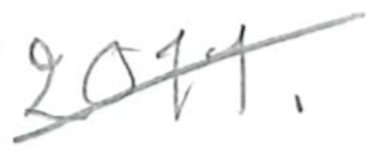
Text: 2011.
Cross-out: diagonal
Writing tool: pencil